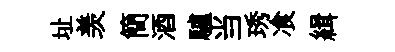
址羡簡酒驢当琇飡緝